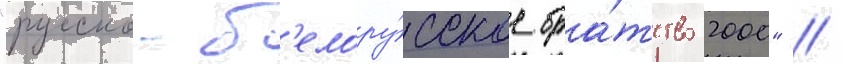
"русско-б'елору́сское бра́тство 2000" //